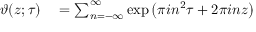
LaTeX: \begin{array} { r l } { \vartheta ( z ; \tau ) } & { { } = \sum _ { n = - \infty } ^ { \infty } \exp \left( \pi i n ^ { 2 } \tau + 2 \pi i n z \right) } \end{array}